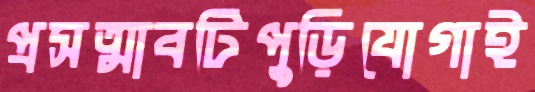
প্রসত্মাবটিপুড়িযোগাই